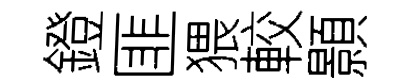
鐙匪猥較顥